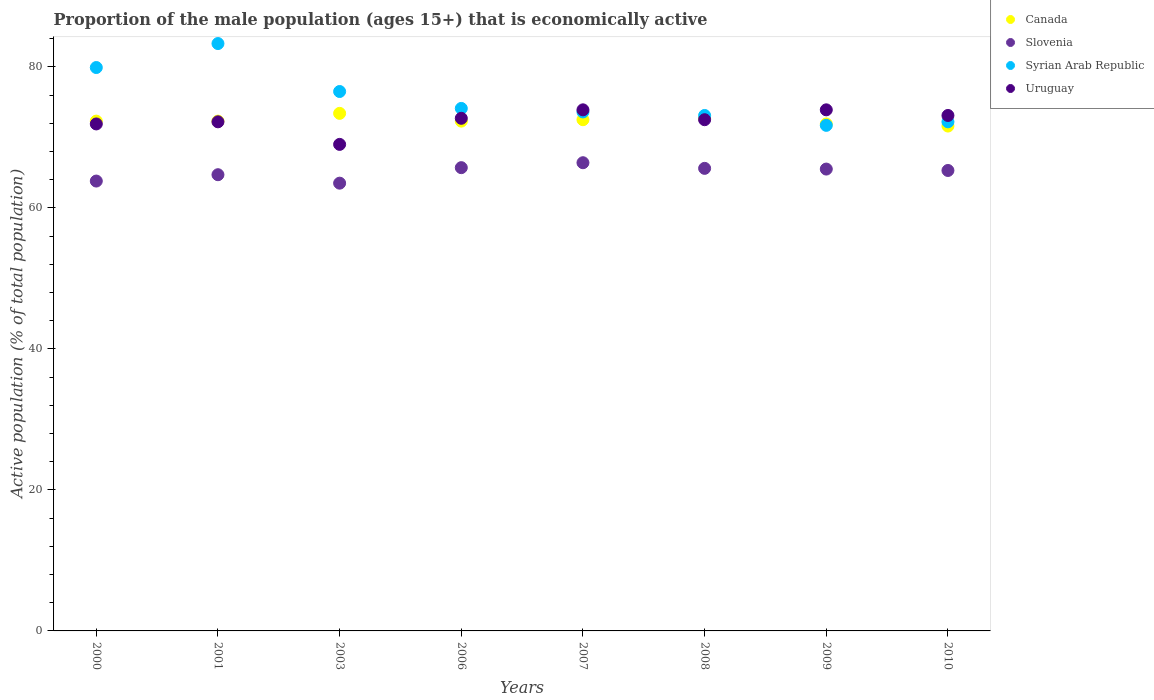
| Years | Canada | Slovenia | Syrian Arab Republic | Uruguay |
 | --- | --- | --- | --- | --- |
 | 2000 | 72.3 | 63.8 | 79.9 | 71.9 |
 | 2001 | 72.3 | 64.7 | 83.3 | 72.2 |
 | 2003 | 73.4 | 63.5 | 76.5 | 69 |
 | 2006 | 72.3 | 65.7 | 74.1 | 72.7 |
 | 2007 | 72.5 | 66.4 | 73.6 | 73.9 |
 | 2008 | 72.7 | 65.6 | 73.1 | 72.5 |
 | 2009 | 71.9 | 65.5 | 71.7 | 73.9 |
 | 2010 | 71.6 | 65.3 | 72.2 | 73.1 |